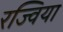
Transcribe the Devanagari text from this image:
रज्विया